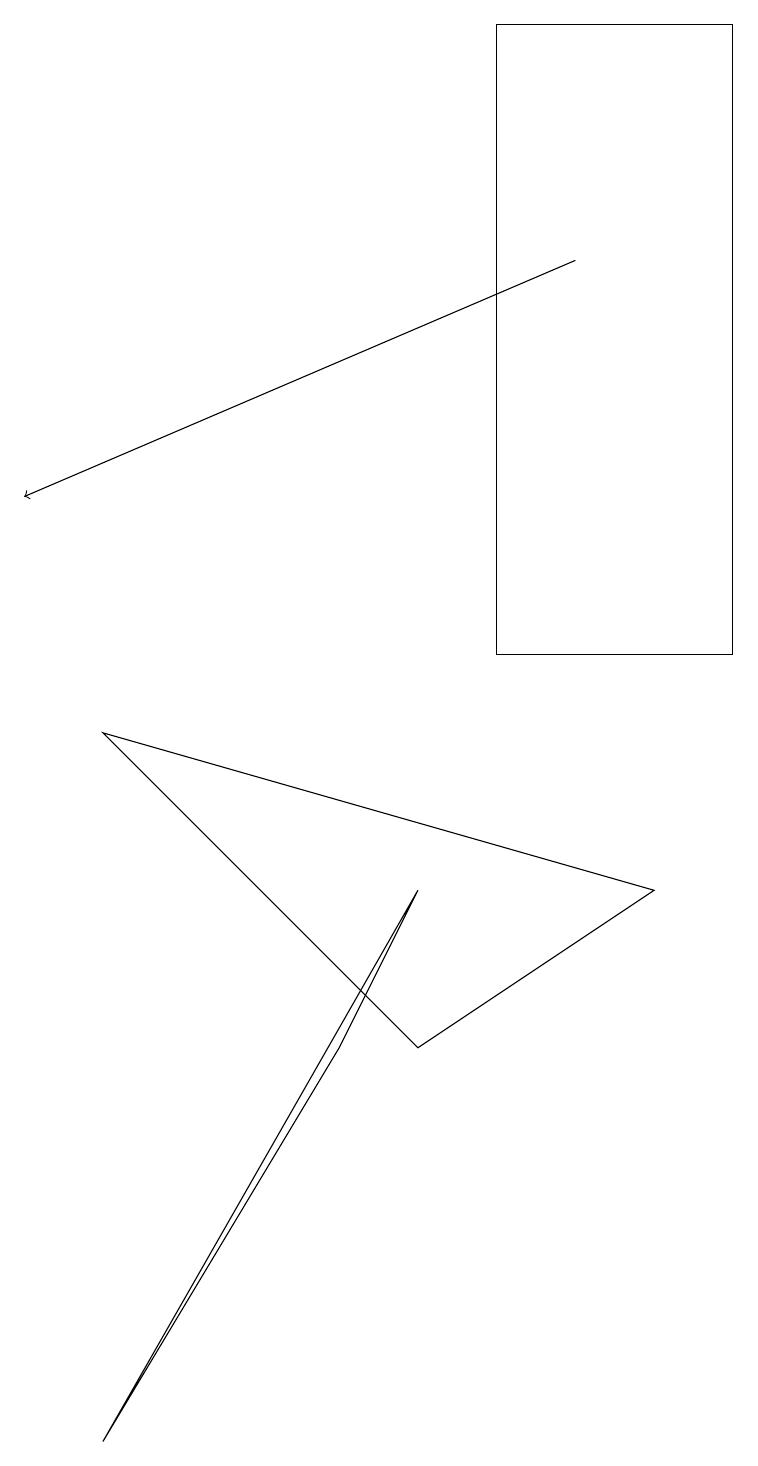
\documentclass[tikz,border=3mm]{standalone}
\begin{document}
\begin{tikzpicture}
\draw (6,18) rectangle (9,10);
\draw[->] (7,15) -- (0,12);
\draw (1,0) -- (4,5) -- (5,7) -- cycle;
\draw (5,5) -- (1,9) -- (8,7) -- cycle;
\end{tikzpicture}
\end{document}